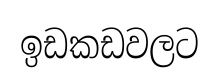
ඉඩකඩවලට